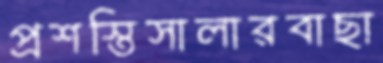
প্রশস্তিসালারবাছা